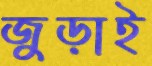
জুড়াই